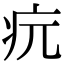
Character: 𤴰